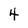
Character: 4